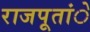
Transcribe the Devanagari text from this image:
राजपूतांे